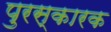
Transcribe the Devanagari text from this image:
पुरस्कारक